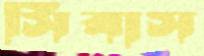
সিবাস